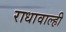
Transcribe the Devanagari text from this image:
राधावाल्ही